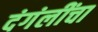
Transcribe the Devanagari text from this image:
दंगंलींचा